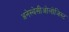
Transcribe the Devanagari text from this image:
अनेस्थेसीओलोजिस्ट